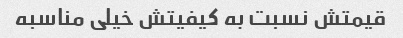
قیمتش نسبت به کیفیتش خیلی مناسبه